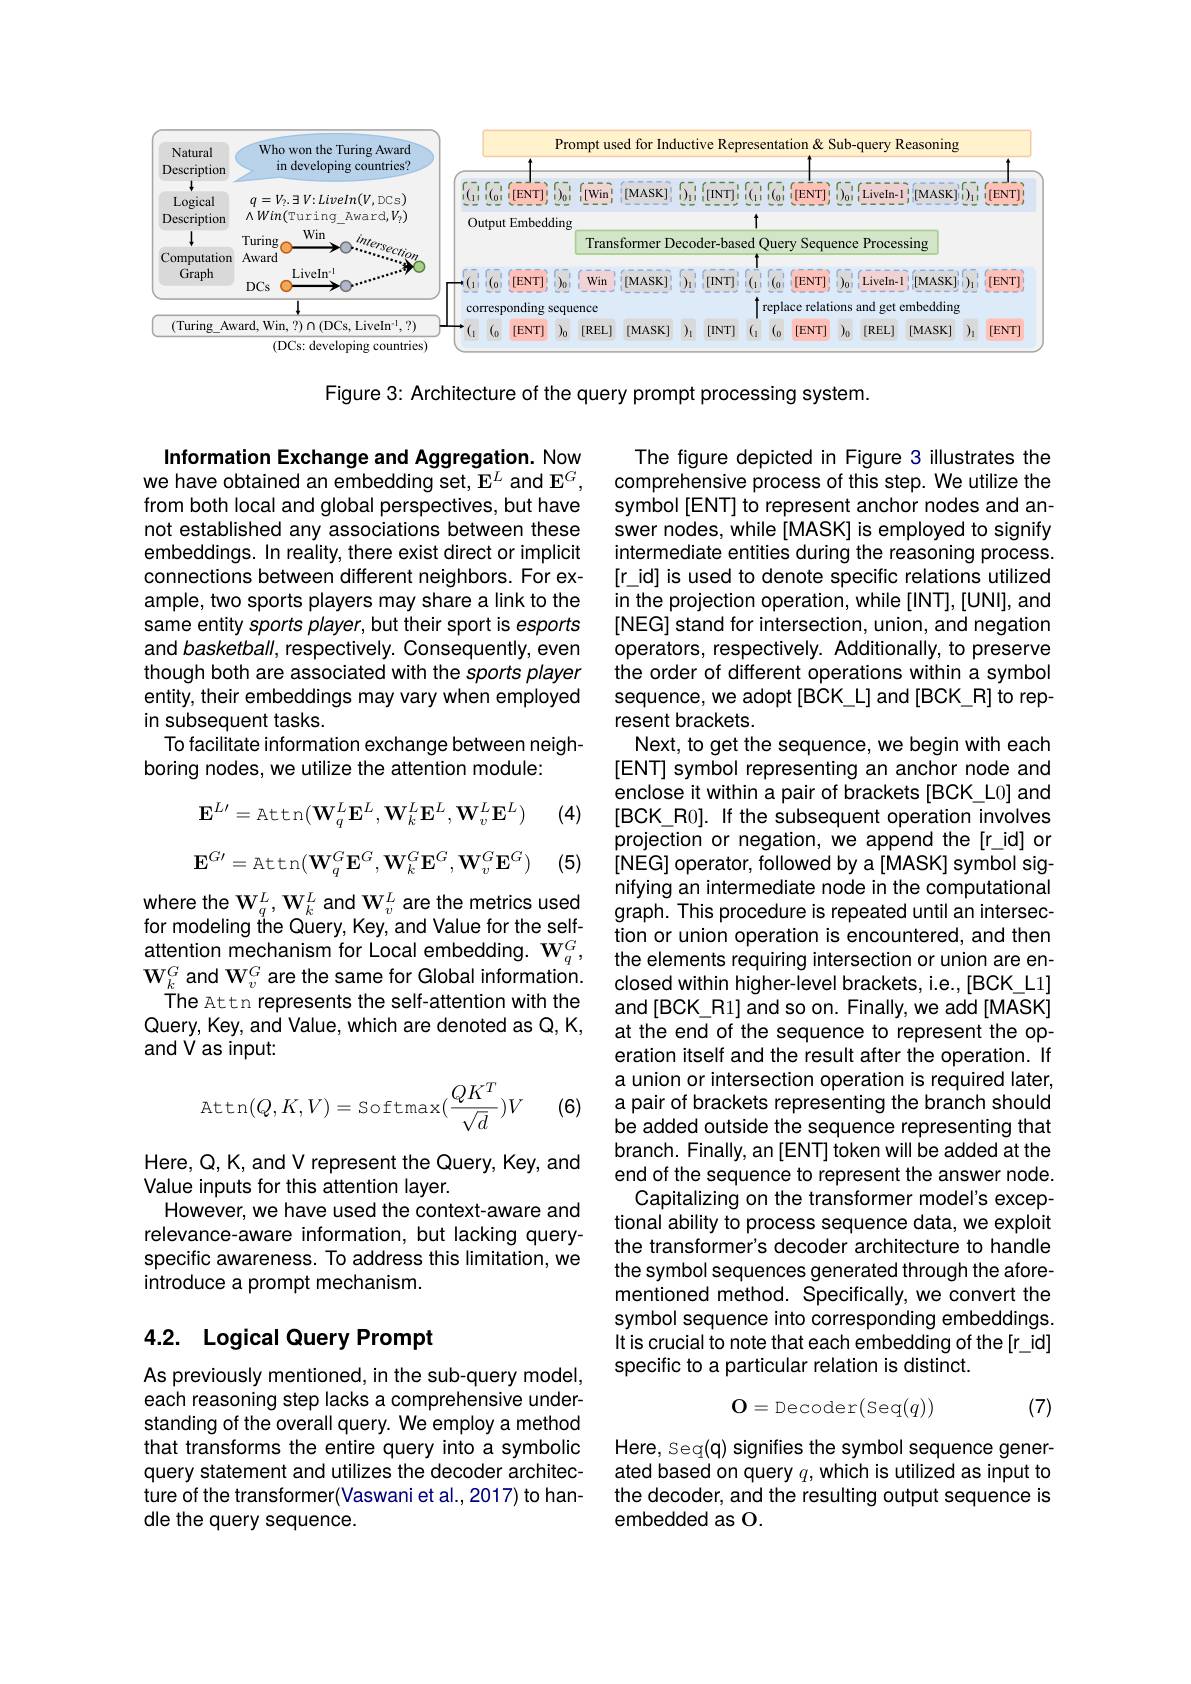
<FigureHere>

Figure 3: Architecture of the query prompt processing system.

Information Exchange and Aggregation. Now we have obtained an embedding set, E$^L$ and $\mathbf{E}^G$, from both local and global perspectives, but have not established any associations between these embeddings. In reality, there exist direct or implicit connections between different neighbors. For example, two sports players may share a link to the same entity sports player, but their sport is esports and basketball, respectively. Consequently, even though both are associated with the sports player entity, their embeddings may vary when employed in subsequent tasks.
To facilitate information exchange between neigh-
boring nodes, we utilize the attention module:

(4)
$$\mathbf E^{L\prime}=\mathrm A\mathrm t\mathrm t\mathrm n(\mathbf W_q^L\mathbf E^L,\mathbf W_k^L\mathbf E^L,\mathbf W_v^L\mathbf E^L)$$
(5)
$$\mathbf{E}^{G\prime}=\mathrm{Attn}(\mathbf{W}_{q}^{G}\mathbf{E}^{G},\mathbf{W}_{k}^{G}\mathbf{E}^{G},\mathbf{W}_{v}^{G}\mathbf{E}^{G})$$
The figure depicted in Figure 3 illustrates the comprehensive process of this step. We utilize the symbol[ENT] to represent anchor nodes and answer nodes, while [MASK] is employed to signify intermediate entities during the reasoning process. [r\_id] is used to denote specific relations utilized in the projection operation, while [INT], [UNI], and [NEG] stand for intersection, union, and negation operators, respectively. Additionally, to preserve the order of different operations within a symbol sequence, we adopt [BCK\_L] and [BCK\_R] to represent brackets.
Next, to get the sequence, we begin with each [ENT] symbol representing an anchor node and enclose it within a pair of brackets [BCK\_L0] and [BCK\_R0]. If the subsequent operation involves projection or negation, we append the[r\_id] or [NEG] operator, followed by a[MASK] symbol signifying an intermediate node in the computational
where the $\mathbf{W}_q^L,\mathbf{W}_k^L$ and W$_v^L$ are the metrics used $\begin{array}{llll}&\text{nityıng an ıntermedıate node ın the computatıona}\\&\text{for modeling the Query, Key, and Value for the self- $&&\text{graph. This procedure is repeated until an intersec-}\\&\text{tion or union oner$
tion or union operation is encountered, and then
attention mechanism for Local embedding. $\mathbf{W} _q^G$, the elements requiring intersection is encountered, and thenattention mechanism for Local embedding. $\mathbf{W} _q^G$, the elements requiring intersection or union are en-
closed within higher-level brackets, i.e., [BCK_L1] and [BCK\_R1] and so on. Finally, we add[MASK] at the end of the sequence to represent the operation itself and the result after the operation. If a union or intersection operation is required later, a pair of brackets representing the branch should be added outside the sequence representing that branch. Finally, an [ENT] token will be added at the end of the sequence to represent the answer node Capitalizing on the transformer model's exceptional ability to process sequence data, we exploit the transformer's decoder architecture to handle the symbol sequences generated through the aforementioned method. Specifically, we convert the symbol sequence into corresponding embeddings. It is crucial to note that each embedding of the[r\_id] specific to a particular relation is distinct.
$$\mathrm O=\mathrm D\mathrm e\mathrm c\mathrm o\mathrm d\mathrm e\mathrm r(\mathrm S\mathrm e\mathrm q(q))$$
(7)

$\mathbf{W}_{k}^{G}$ and W$_v^G$ are the same for Global information.
The Attn represents the self-attention with the Query, Key, and Value, which are denoted as Q, K, and V as input:
$$\text{Attn}(Q,K,V)=\text{Softmax}(\frac{QK^T}{\sqrt{d}})V$$
(6)

Here, Q, K, and V represent the Query, Key, and
Value inputs for this attention layer.
However, we have used the context-aware and relevance-aware information, but lacking queryspecific awareness. To address this limitation, we introduce a prompt mechanism.

# 4.2. Logical Query Prompt

As previously mentioned, in the sub-query model, each reasoning step lacks a comprehensive understanding of the overall query. We employ a method that transforms the entire query into a symbolic query statement and utilizes the decoder architecture of the transformer(Vaswani et al., 2017) to handle the query sequence.

Here, Seq( q) signifies the symbol sequence gener- ated based on query $q$,which is utilized as input to the decoder, and the resulting output sequence is embedded as O.